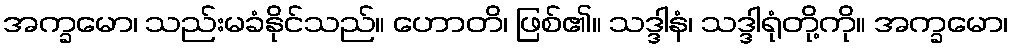
အက္ခမော၊ သည်းမခံနိုင်သည်။ ဟောတိ၊ ဖြစ်၏။ သဒ္ဒါနံ၊ သဒ္ဒါရုံတို့ကို။ အက္ခမော၊